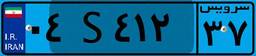
۹۳S۱۰۰۵۱